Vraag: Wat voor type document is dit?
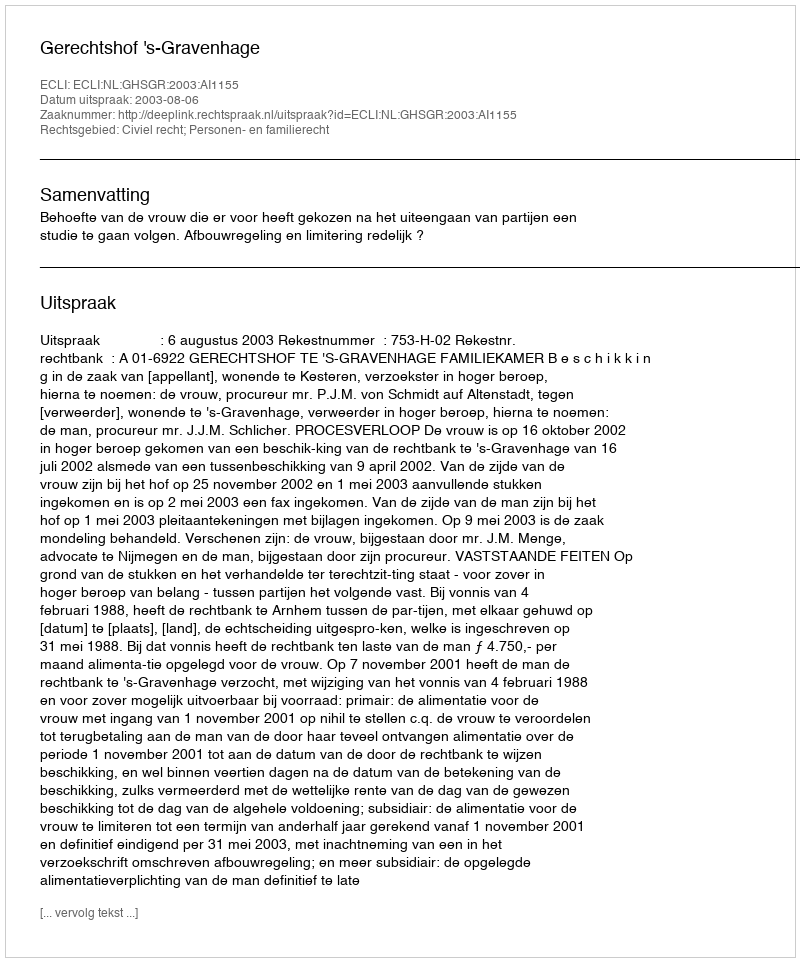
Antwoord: Uitspraak